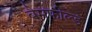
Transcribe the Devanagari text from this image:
बैमफील्ड